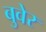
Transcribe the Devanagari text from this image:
बुवेर